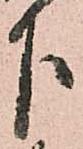
下